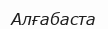
Алғабаста